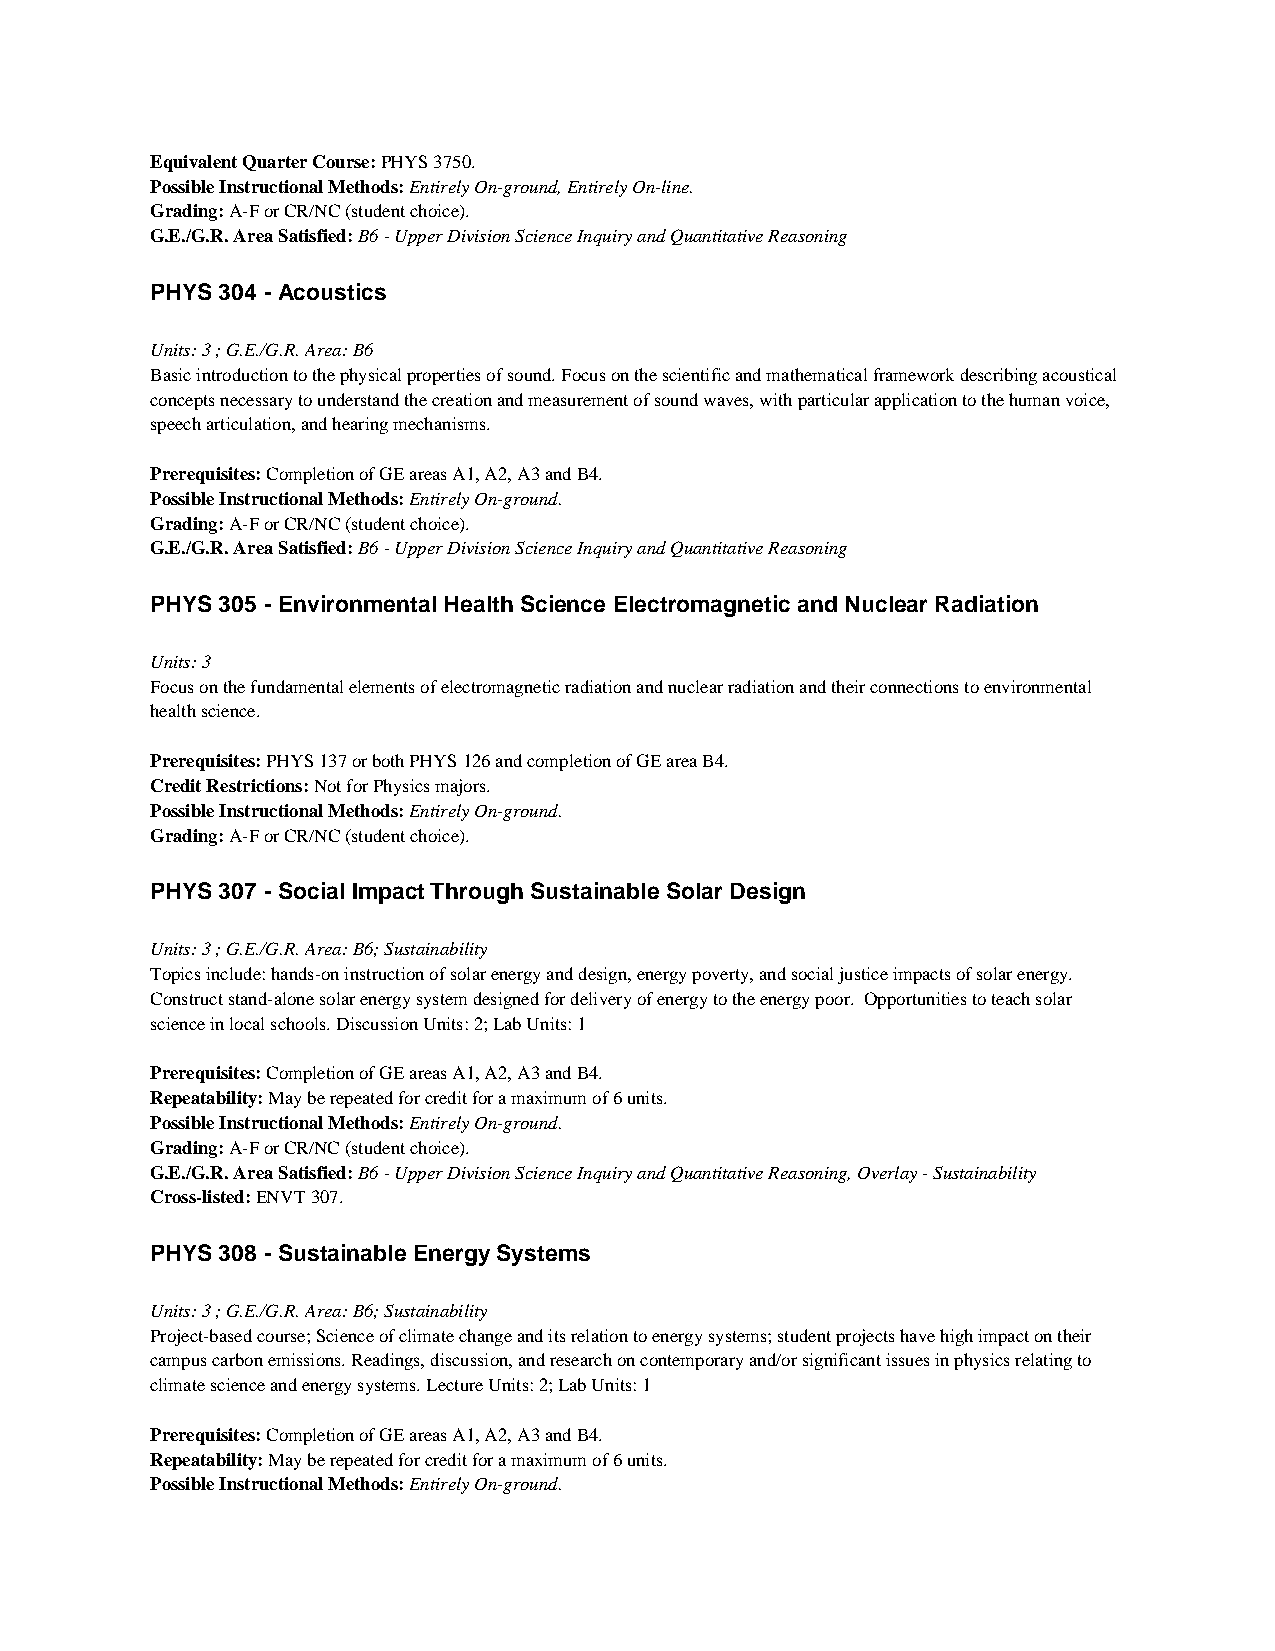
Equivalent Quarter Course: PHYS 3750.
 Possible Instructional Methods: Entirely On-ground, Entirely On-line.
 Grading: A-F or CR/NC (student choice).
 G.E./G.R. Area Satisfied: B6 - Upper Division Science Inquiry and Quantitative Reasoning
 PHYS 304 - Acoustics
 Units: 3 ; G.E./G.R. Area: B6
 Basic introduction to the physical properties of sound. Focus on the scientific and mathematical framework describing acoustical
 concepts necessary to understand the creation and measurement of sound waves, with particular application to the human voice,
 speech articulation, and hearing mechanisms.
 Prerequisites: Completion of GE areas A1, A2, A3 and B4.
 Possible Instructional Methods: Entirely On-ground.
 Grading: A-F or CR/NC (student choice).
 G.E./G.R. Area Satisfied: B6 - Upper Division Science Inquiry and Quantitative Reasoning
 PHYS 305 - Environmental Health Science Electromagnetic and Nuclear Radiation
 Units: 3
 Focus on the fundamental elements of electromagnetic radiation and nuclear radiation and their connections to environmental
 health science.
 Prerequisites: PHYS 137 or both PHYS 126 and completion of GE area B4.
 Credit Restrictions: Not for Physics majors.
 Possible Instructional Methods: Entirely On-ground.
 Grading: A-F or CR/NC (student choice).
 PHYS 307 - Social Impact Through Sustainable Solar Design
 Units: 3 ; G.E./G.R. Area: B6; Sustainability
 Topics include: hands-on instruction of solar energy and design, energy poverty, and social justice impacts of solar energy.
 Construct stand-alone solar energy system designed for delivery of energy to the energy poor. Opportunities to teach solar
 science in local schools. Discussion Units: 2; Lab Units: 1
 Prerequisites: Completion of GE areas A1, A2, A3 and B4.
 Repeatability: May be repeated for credit for a maximum of 6 units.
 Possible Instructional Methods: Entirely On-ground.
 Grading: A-F or CR/NC (student choice).
 G.E./G.R. Area Satisfied: B6 - Upper Division Science Inquiry and Quantitative Reasoning, Overlay - Sustainability
 Cross-listed: ENVT 307.
 PHYS 308 - Sustainable Energy Systems
 Units: 3 ; G.E./G.R. Area: B6; Sustainability
 Project-based course; Science of climate change and its relation to energy systems; student projects have high impact on their
 campus carbon emissions. Readings, discussion, and research on contemporary and/or significant issues in physics relating to
 climate science and energy systems. Lecture Units: 2; Lab Units: 1
 Prerequisites: Completion of GE areas A1, A2, A3 and B4.
 Repeatability: May be repeated for credit for a maximum of 6 units.
 Possible Instructional Methods: Entirely On-ground.